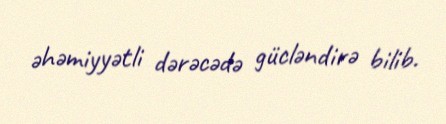
əhəmiyyətli dərəcədə gücləndirə bilib.